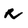
Character: R